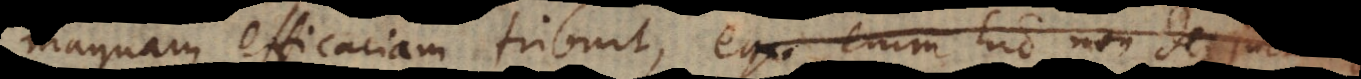
magnam efficaciam tribuit, ego enim hic non de